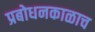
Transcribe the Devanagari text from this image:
प्रबोधनकाळाच